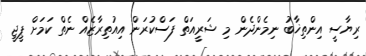
ރިޔާސީ އިންތިޚާބު ނިމެންދެން މި ޝަރީއަތް ފަސްކުރަން އިއުތިރާޒެއް ނެތް ކަމަށް ޕީޖީ